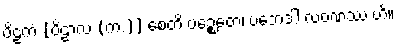
ဗိဠကံ [ဗိဠာလ (က.)] စေတိ ပဉ္စေတေ၊ ပဘေဒါ လဝဏဿ ဟိ။